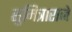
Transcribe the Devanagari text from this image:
सुमित्राराजे